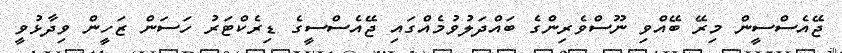
ޖޭއެސްސީން މިރޭ ބޭއްވި ނޫސްވެރިންގެ ބައްދަލުވުމެއްގައި ޖޭއެސްސީގެ ޑިރެކްޓަރު ހަސަން ޒަހީން ވިދާޅުވީ